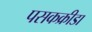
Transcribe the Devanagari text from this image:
पसकक्रीडा